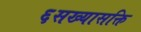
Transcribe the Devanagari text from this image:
६सख्यासक्ति